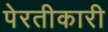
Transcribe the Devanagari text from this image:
पेरतीकारी